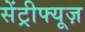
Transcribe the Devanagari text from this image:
सेंट्रीफ्यूज़